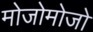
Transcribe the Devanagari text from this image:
मोजोमोजो